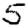
Digit: 5